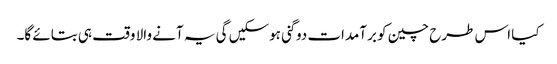
کیا اس طرح چین کو برآمدات دوگنی ہوسکیں گی یہ آنے والا وقت ہی بتائے گا۔